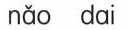
nǎo dai